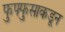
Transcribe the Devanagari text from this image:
फुफ्फुसाकडून